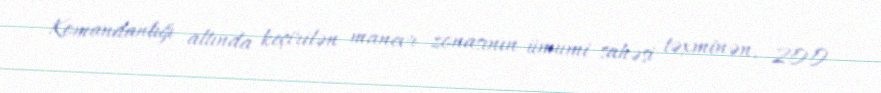
Komandanlığı altında keçirilən manevr zonasının ümumi sahəsi təxminən, 200